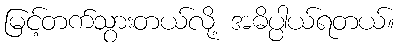
မြင့်တက်သွားတယ်လို့ အဓိပ္ပါယ်ရတယ်။